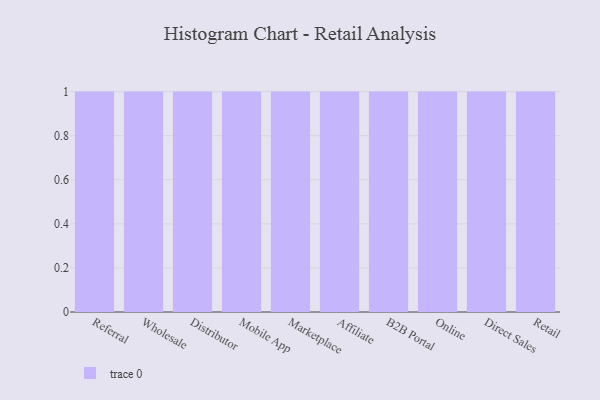
{"axis": {"x": "Channel", "y": "Active Users"}, "legend": [""], "data": [{"x": "Referral", "y": 55, "type": ""}, {"x": "Wholesale", "y": 26, "type": ""}, {"x": "Distributor", "y": 37, "type": ""}, {"x": "Mobile App", "y": 92, "type": ""}, {"x": "Marketplace", "y": 66, "type": ""}, {"x": "Affiliate", "y": 100, "type": ""}, {"x": "B2B Portal", "y": 63, "type": ""}, {"x": "Online", "y": 35, "type": ""}, {"x": "Direct Sales", "y": 40, "type": ""}, {"x": "Retail", "y": 67, "type": ""}]}